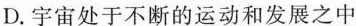
D.宇宙处于不断的运动和发展之中